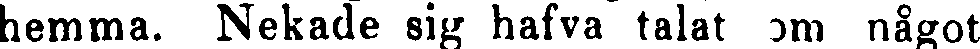
hemma. Nekade sig hafva talat om något